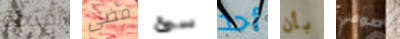
أقتحم مضى سئ أحد بأن صوفي